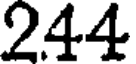
244